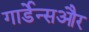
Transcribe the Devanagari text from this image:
गार्डेन्सऔर